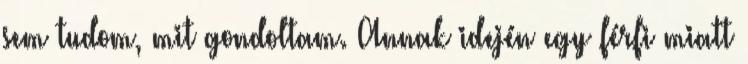
sem tudom, mit gondoltam. Annak idején egy férfi miatt